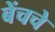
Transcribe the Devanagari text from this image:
बेंचचे